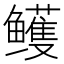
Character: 鳠